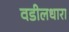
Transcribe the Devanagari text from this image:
वडीलधारा